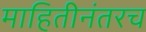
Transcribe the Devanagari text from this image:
माहितीनंतरच